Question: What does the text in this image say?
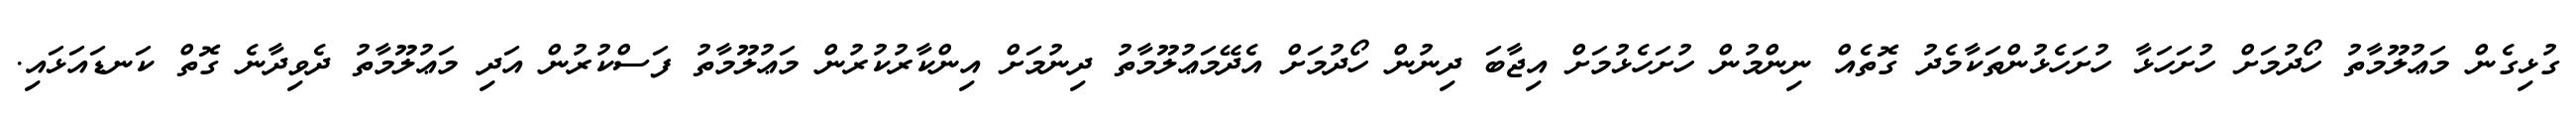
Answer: ގުޅިގެން މަޢުލޫމާތު ހޯދުމަށް ހުށަހަޅާ ހުށަހެޅުންތަކާމެދު ގޮތެއް ނިންމުން ހުށަހެޅުމަށް އިޖާބަ ދިނުން ހޯދުމަށް އެދޭމަޢުލޫމާތު ދިނުމަށް އިންކާރުކުރުން މަޢުލޫމާތު ފަސްކުރުން އަދި މަޢުލޫމާތު ދެވިދާނެ ގޮތް ކަނޑައަޅައި.